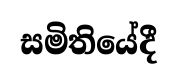
සමිතියේදී